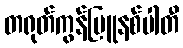
တရုတ်ကွန်မြူနစ်ပါတီ